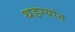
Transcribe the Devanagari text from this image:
थडग्यांत